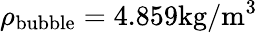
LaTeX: \rho_{\mathrm{{bubble}}}=4.859\mathrm{{kg/m^{3}}}